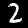
Label: 2